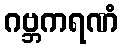
ဂဗ္ဘကရဏံ